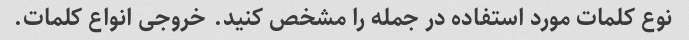
نوع کلمات مورد استفاده در جمله را مشخص کنید. خروجی انواع کلمات.